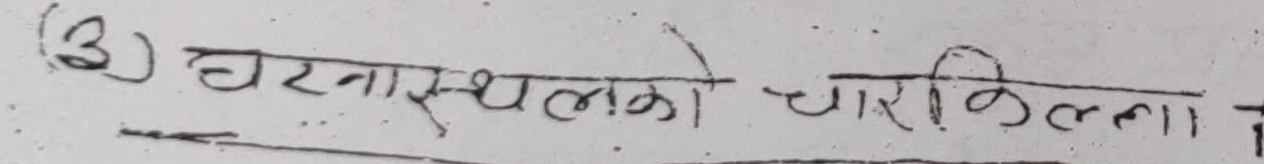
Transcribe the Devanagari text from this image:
(३) घटनास्थलको चारकिल्ला